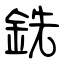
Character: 銑